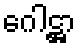
ဂေါဋ္ဌာ